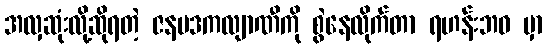
အလှဆုံးလို့ဆိုရတဲ့ ဇနပဒကလျာဏီကို စွဲနေလိုက်တာ ရဟန်းဘဝ မှာ